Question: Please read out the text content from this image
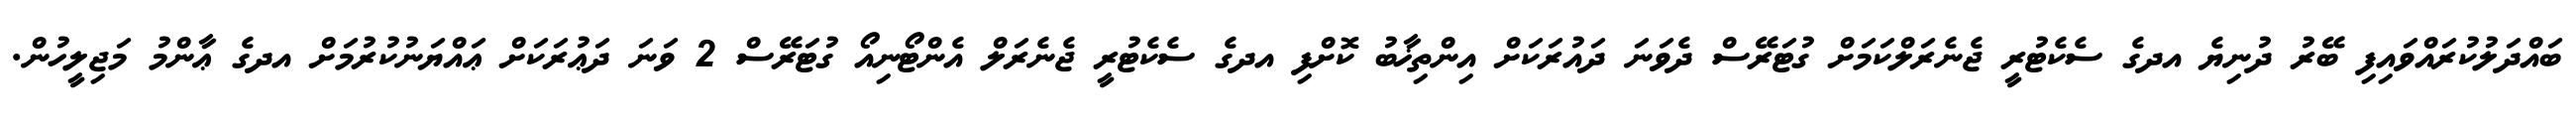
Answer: ބައްދަލުކުރައްވައިފި ބޭރު ދުނިޔެ އދގެ ސެކެޓުރީ ޖެނެރަލްކަމަށް ގުޓަރޭސް ދެވަނަ ދައުރަކަށް އިންތިޚާބު ކޮށްފި އދގެ ސެކެޓުރީ ޖެނެރަލް އެންޓޯނިއޯ ގުޓަރޭސް 2 ވަނަ ދަޢުރަކަށް ޢައްޔަނުކުރުމަށް އދގެ ޢާންމު މަޖިލީހުން.